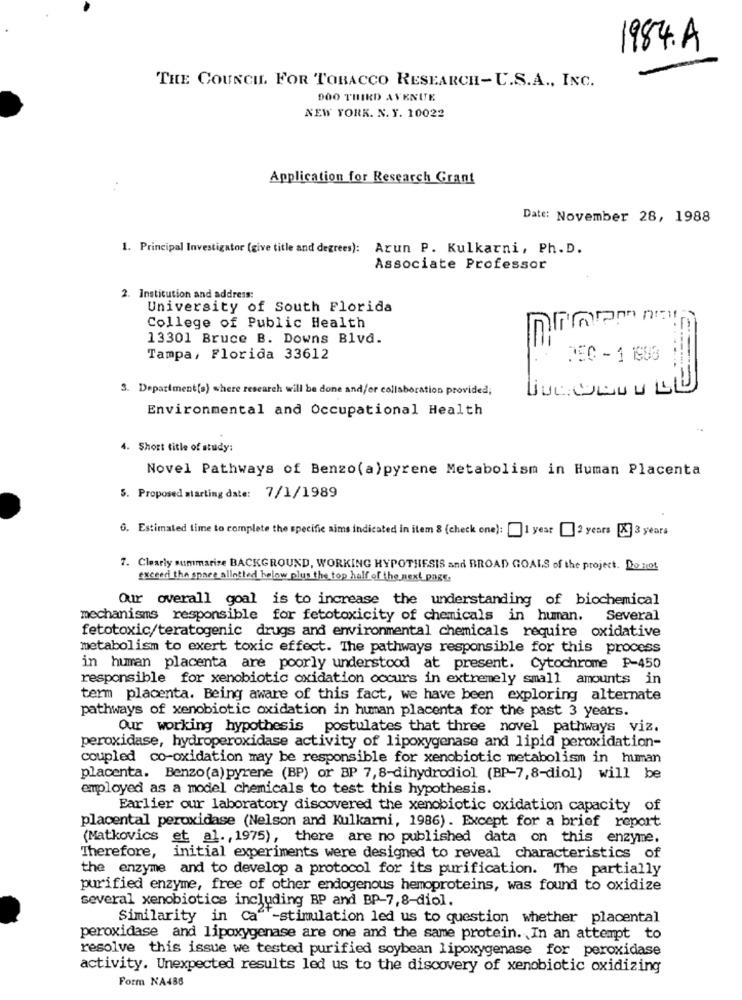
1984.A
THE COUNCIL. FOR TOBACCO RESEARCH-U.S.A ., INC.
DOO THIRD AVENUE
NEW YORK. N. Y. 10022
Application for Research Grant
Date: November 28, 1988
1. Principal Investigator (give title and degrees): Arun P. Kulkarni, Ph. D.
Associate Professor
2. Institution and address:
University of South Florida
College of Public Health
13301 Bruce B. Downs Blvd.
Tampa, Florida 33612
DEC - 1 1983
3. Department[s) where research will be done and/or collaboration provided;
Environmental and Occupational Health
4. Short title of study:
Novel Pathways of Benzo(a)pyrene Metabolism in Human Placenta
5. Proposed starting date: 7/1/1989
6. Estimated time to complete the specific aims indicated in item 8 (check one): [ 1 year 2 years [X] 3 years
7. Clearly summarize BACKGROUND, WORKING HYPOTHESIS and BROAD GOALS of the project. Do not
exceed the space allotted below plus the top half of the next page.
Our overall goal is to increase the understanding of biochemical
mechanisms responsible for fetotoxicity of chemicals in human.
Several
fetotoxic/teratogenic drugs and environmental chemicals require
oxidative
metabolism to exert toxic effect. The pathways responsible for this process
in human placenta are poorly understood at present. Cytochrome P-450
responsible for xenobiotic oxidation occurs in extremely small amounts in
term placenta. Being aware of this fact, we have been exploring alternate
pathways of xenobiotic oxidation in human placenta for the past 3 years.
Our working hypothesis postulates that three novel pathways viz.
peroxidase, hydroperoxidase activity of lipoxygenase and lipid peroxidation-
coupled co-oxidation may be responsible for xenobiotic metabolism in human
placenta. Benzo(a) pyrene (BP) or BP 7,8-dihydrodiol (BP-7,8-diol) will be
employed as a model chemicals to test this hypothesis.
Earlier our laboratory discovered the xenobiotic oxidation capacity of
placental peroxidase (Nelson and Kulkarni, 1986). Except for a brief report
(Matkovics et al. , 1975), there are no published data on this enzyme.
Therefore, initial experiments were designed to reveal characteristics of
the enzyme and to develop a protocol for its purification. The partially
purified enzyme, free of other endogenous hemoproteins, was found to oxidize
several xenobiotics including BP and BP-7,8-diol.
Similarity in Ca '-stimulation led us to question whether placental
peroxidase and lipoxygenase are one and the same protein. In an attempt to
resolve this issue we tested purified soybean lipoxygenase for peroxidase
activity. Unexpected results led us to the discovery of xenobiotic oxidizing
Form NA488